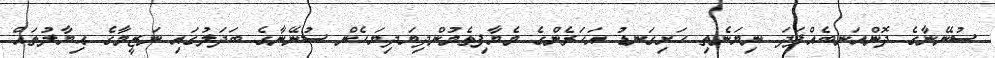
ސުނޭނާގެ ދޮންއަނބެއްފަދަ ނިޔަނެތި ހަށިގަނޑު އަހަރެންގެ މެޔާފިތެމުންދިޔަދިޔަހެން ސުނޭނާގެ ބަދަލުގައި ނަޒީމާގެ ޙިޔާލުތައް